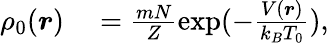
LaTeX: \begin{array}{rl}{\rho_{0}(\boldsymbol{r})}&{{}=\frac{mN}{Z}\exp(-\frac{V(\boldsymbol{r})}{k_{B}T_{0}}),}\end{array}